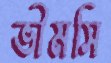
ভীমসি